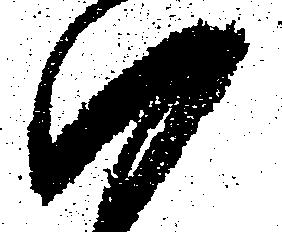
ハ